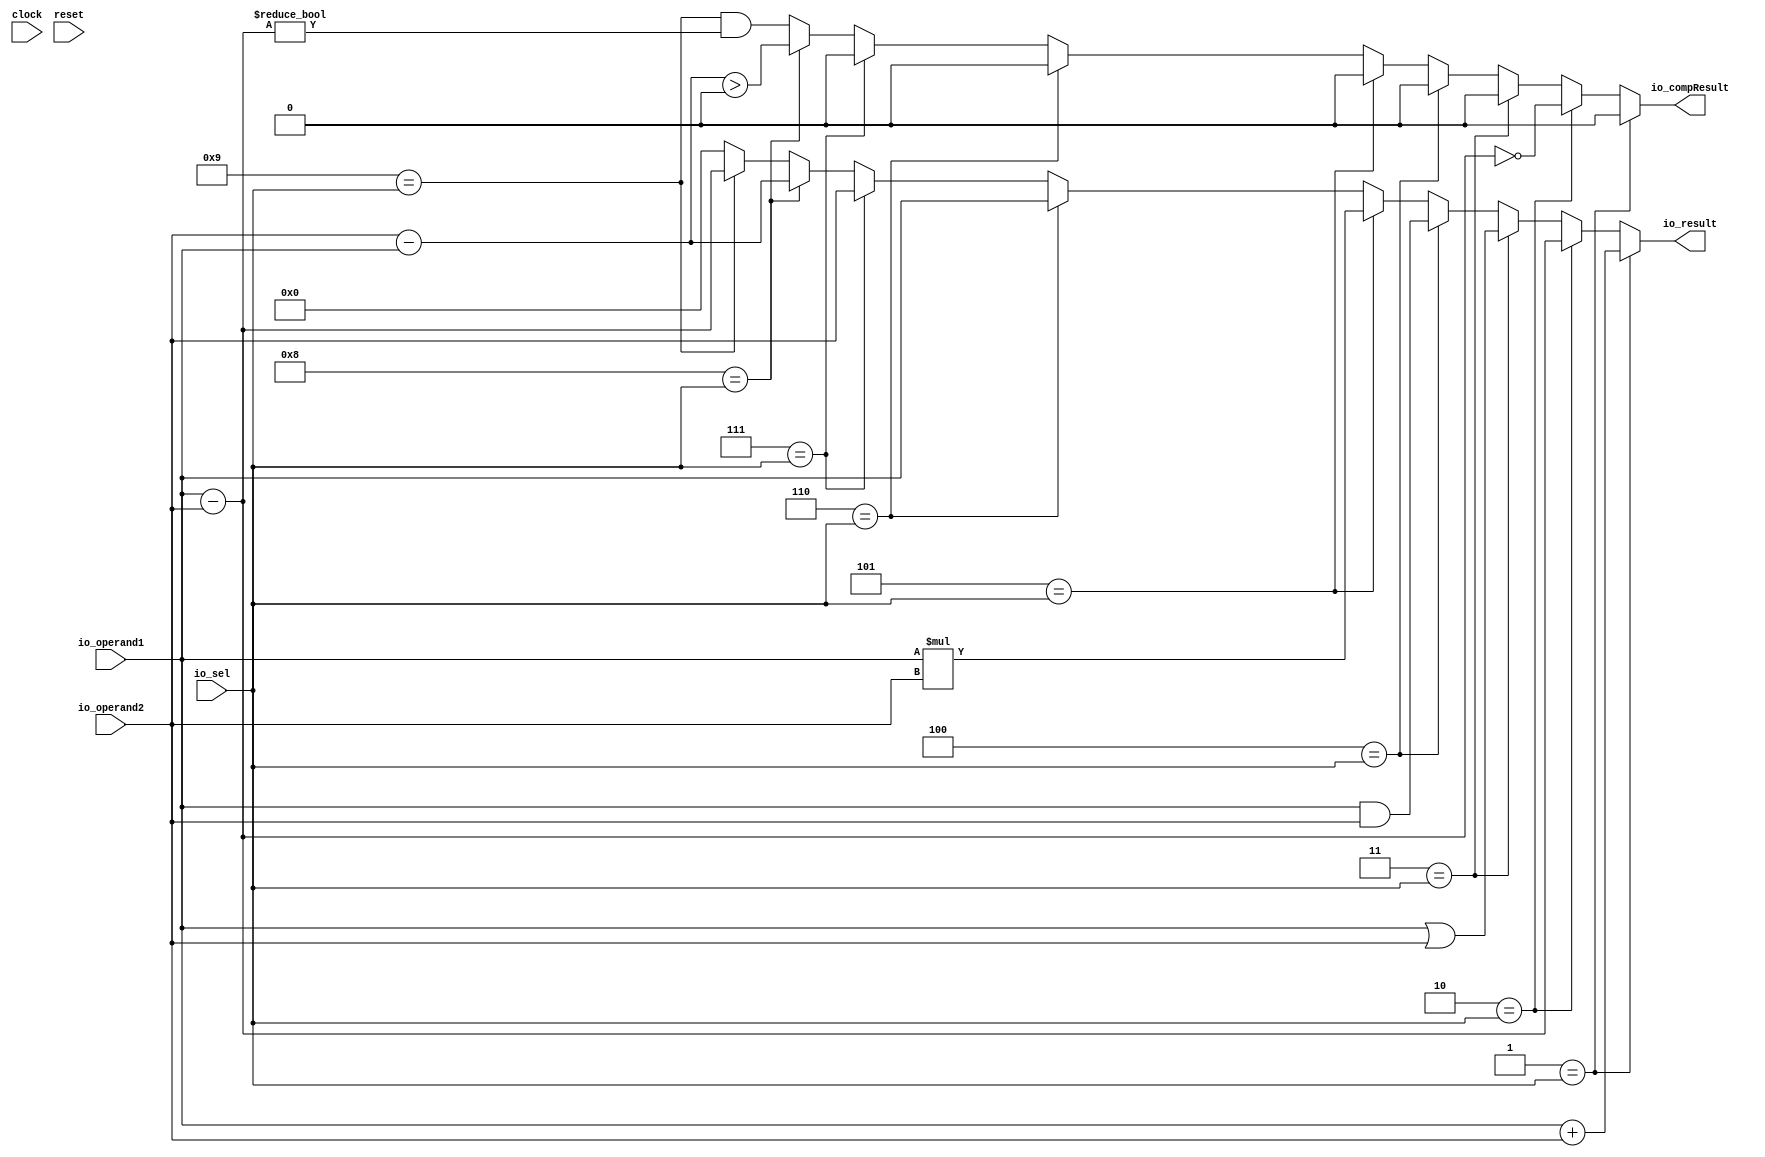
module ALU(
  input         clock,
  input         reset,
  input  [31:0] io_operand1,
  input  [31:0] io_operand2,
  input  [3:0]  io_sel,
  output [31:0] io_result,
  output        io_compResult
);
  wire  _T = 4'h1 == io_sel; // @[Conditional.scala 37:30]
  wire [31:0] _T_3 = $signed(io_operand1) + $signed(io_operand2); // @[ALU.scala 33:32]
  wire  _T_4 = 4'h2 == io_sel; // @[Conditional.scala 37:30]
  wire [31:0] _T_7 = $signed(io_operand1) - $signed(io_operand2); // @[ALU.scala 36:31]
  wire  _T_8 = $signed(_T_7) == 32'sh0; // @[ALU.scala 38:28]
  wire  _T_9 = 4'h3 == io_sel; // @[Conditional.scala 37:30]
  wire [31:0] _T_11 = $signed(io_operand1) | $signed(io_operand2); // @[ALU.scala 41:32]
  wire  _T_12 = 4'h4 == io_sel; // @[Conditional.scala 37:30]
  wire [31:0] _T_14 = $signed(io_operand1) & $signed(io_operand2); // @[ALU.scala 44:32]
  wire  _T_15 = 4'h5 == io_sel; // @[Conditional.scala 37:30]
  wire [63:0] _T_16 = $signed(io_operand1) * $signed(io_operand2); // @[ALU.scala 47:32]
  wire  _T_17 = 4'h6 == io_sel; // @[Conditional.scala 37:30]
  wire  _T_18 = 4'h7 == io_sel; // @[Conditional.scala 37:30]
  wire  _T_19 = 4'h8 == io_sel; // @[Conditional.scala 37:30]
  wire [31:0] _T_22 = $signed(io_operand2) - $signed(io_operand1); // @[ALU.scala 56:31]
  wire  _T_23 = $signed(_T_22) > 32'sh0; // @[ALU.scala 58:29]
  wire  _T_24 = 4'h9 == io_sel; // @[Conditional.scala 37:30]
  wire  _T_28 = $signed(_T_7) != 32'sh0; // @[ALU.scala 63:28]
  wire [31:0] _GEN_0 = _T_24 ? $signed(_T_7) : $signed(32'sh0); // @[Conditional.scala 39:67]
  wire  _GEN_1 = _T_24 & _T_28; // @[Conditional.scala 39:67]
  wire [31:0] _GEN_2 = _T_19 ? $signed(_T_22) : $signed(_GEN_0); // @[Conditional.scala 39:67]
  wire  _GEN_3 = _T_19 ? _T_23 : _GEN_1; // @[Conditional.scala 39:67]
  wire [31:0] _GEN_4 = _T_18 ? $signed(io_operand2) : $signed(_GEN_2); // @[Conditional.scala 39:67]
  wire  _GEN_5 = _T_18 ? 1'h0 : _GEN_3; // @[Conditional.scala 39:67]
  wire [31:0] _GEN_6 = _T_17 ? $signed(io_operand1) : $signed(_GEN_4); // @[Conditional.scala 39:67]
  wire  _GEN_7 = _T_17 ? 1'h0 : _GEN_5; // @[Conditional.scala 39:67]
  wire [63:0] _GEN_8 = _T_15 ? $signed(_T_16) : $signed({{32{_GEN_6[31]}},_GEN_6}); // @[Conditional.scala 39:67]
  wire  _GEN_9 = _T_15 ? 1'h0 : _GEN_7; // @[Conditional.scala 39:67]
  wire [63:0] _GEN_10 = _T_12 ? $signed({{32{_T_14[31]}},_T_14}) : $signed(_GEN_8); // @[Conditional.scala 39:67]
  wire  _GEN_11 = _T_12 ? 1'h0 : _GEN_9; // @[Conditional.scala 39:67]
  wire [63:0] _GEN_12 = _T_9 ? $signed({{32{_T_11[31]}},_T_11}) : $signed(_GEN_10); // @[Conditional.scala 39:67]
  wire  _GEN_13 = _T_9 ? 1'h0 : _GEN_11; // @[Conditional.scala 39:67]
  wire [63:0] _GEN_14 = _T_4 ? $signed({{32{_T_7[31]}},_T_7}) : $signed(_GEN_12); // @[Conditional.scala 39:67]
  wire  _GEN_15 = _T_4 ? _T_8 : _GEN_13; // @[Conditional.scala 39:67]
  wire [63:0] _GEN_16 = _T ? $signed({{32{_T_3[31]}},_T_3}) : $signed(_GEN_14); // @[Conditional.scala 40:58]
  assign io_result = _GEN_16[31:0]; // @[ALU.scala 28:13 ALU.scala 33:17 ALU.scala 37:17 ALU.scala 41:17 ALU.scala 44:17 ALU.scala 47:17 ALU.scala 50:17 ALU.scala 53:17 ALU.scala 57:17 ALU.scala 62:17]
  assign io_compResult = _T ? 1'h0 : _GEN_15; // @[ALU.scala 30:17 ALU.scala 38:21 ALU.scala 58:21 ALU.scala 63:21]
endmodule